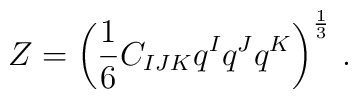
Z = \left(\frac 16 C_{IJK} q^I q^J q^K\right)^{\frac 13}\,.